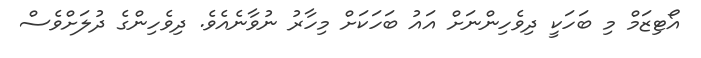
އޯޓިޒަމް މި ބަހަކީ ދިވެހިންނަށް އައު ބަހަކަށް މިހާރު ނުވާނެއެވެ. ދިވެހިންގެ ދުލަށްވެސް